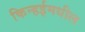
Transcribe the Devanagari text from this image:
किन्हईमधील